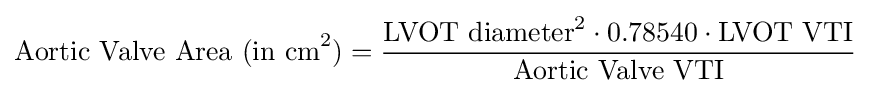
{\text{Aortic Valve Area (in cm}}^{2}{\text{)}}={{\text{LVOT diameter}}^{2}\cdot 0.78540\cdot {\text{LVOT VTI}} \over {\text{Aortic Valve VTI}}}